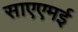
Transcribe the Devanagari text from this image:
साएएमई